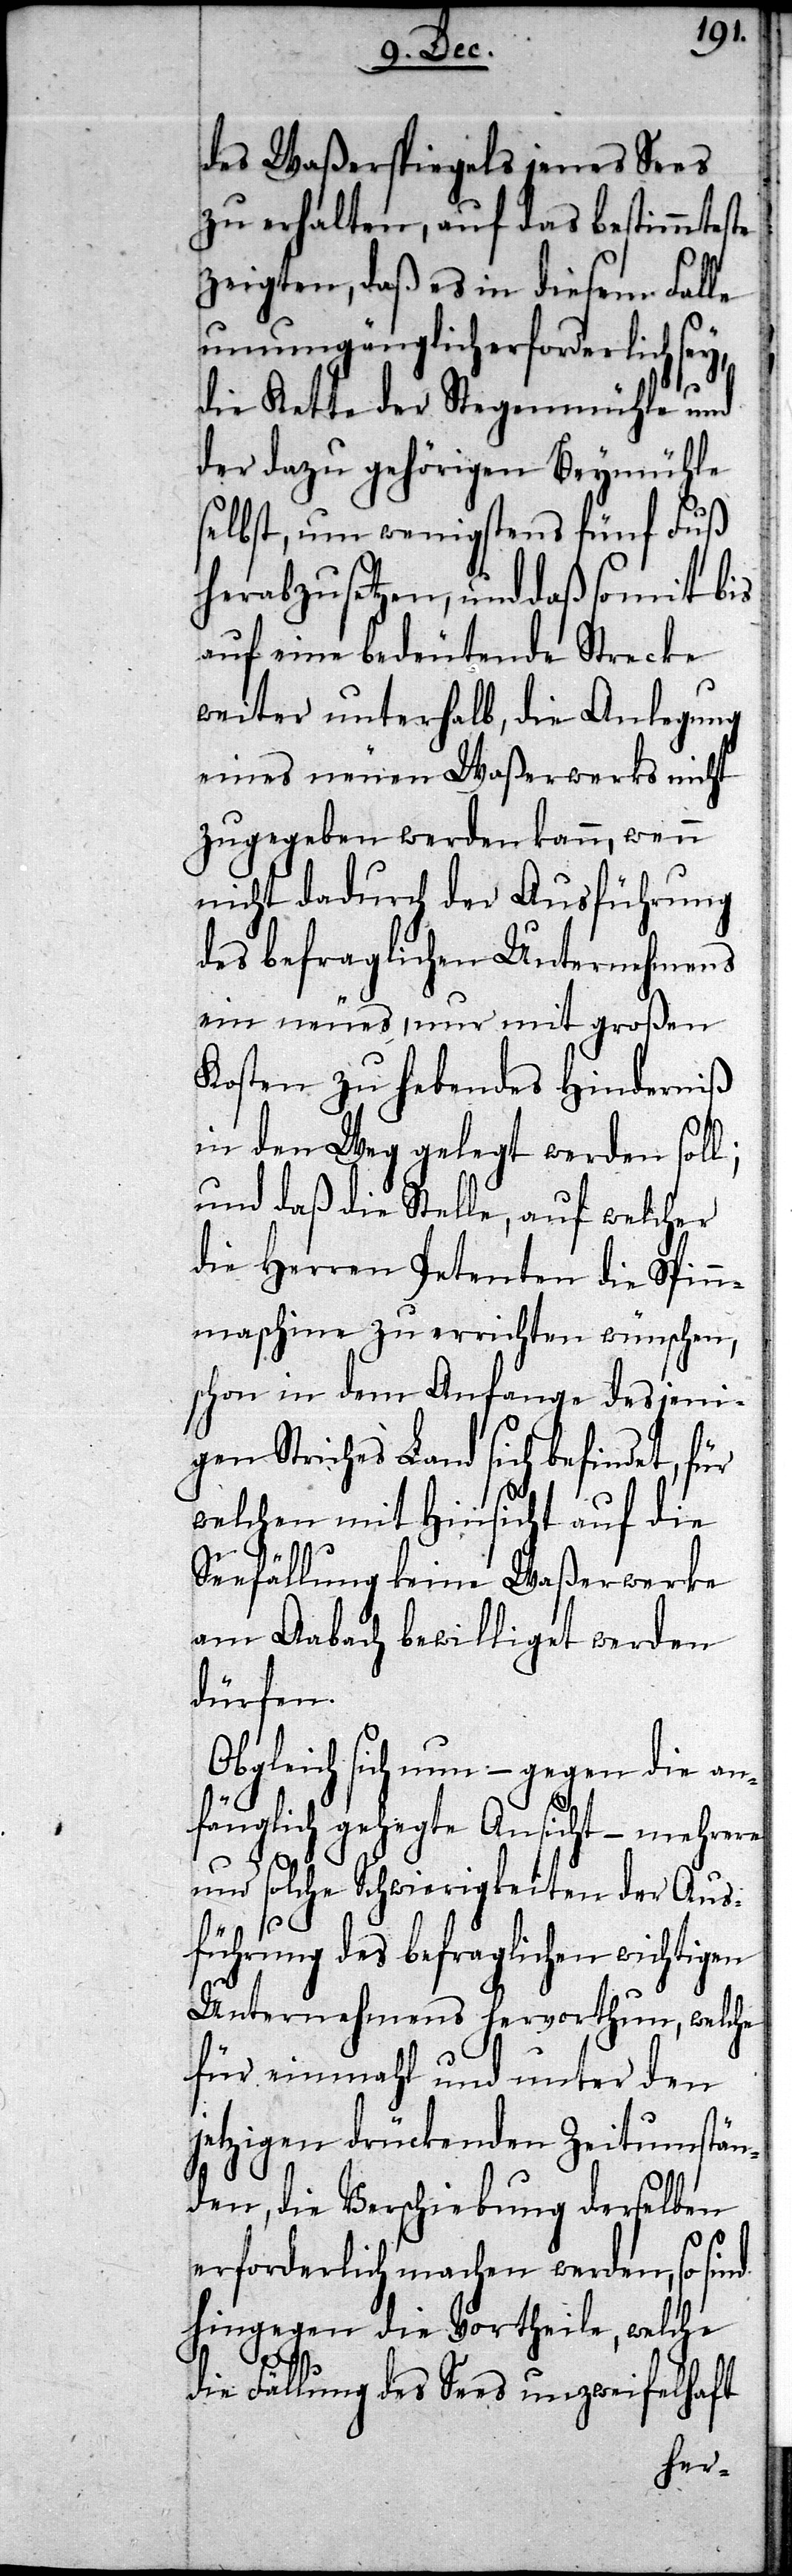
des Waßerspiegels jenes Sees
zu erhalten, auf das bestimmteste
zeigten, daß es in diesem Falle
unumgänglich erforderlich sey,
die Kette der Stegenmühle und
der dazu gehörigen Beymühle
selbst, um wenigstens fünf Fuß
herabzusetzen, und daß somit bis
auf eine bedeutende Strecke
weiter unterhalb, die Anlegung
eines neuen Waßerwerks nicht
zugegeben werden kann, wenn
nicht dadurch der Ausführung
des befraglichen Unternehmens
ein neues, nur mit großen
Kosten zu hebendes Hinderniß
in den Weg gelegt werden soll;
und daß die Stelle, auf welcher
die Herren Petenten die Spin¬
nmaschine zu errichten wünschen,
schon in dem Anfange desjeni¬
gen Striches Land sich befindet, für
welchen mit Hinsicht auf die
Seefällung keine Waßerwerke
am Aabach bewilliget werden
dürfen.
sich nun – gegen die an¬
fänglich gehegte Ansicht – mehrere
und solche Schwierigkeiten der Aus¬
führung des befraglichen wichtigen
Unternehmens hervorthun, welche
für einmahl und unter den
jetzigen drückenden Zeitumstän¬
den, die Verschiebung derselben
erforderlich machen werden, so sind
hingegen die Vortheile, welche
die Fällung des Sees unzweifelhaft